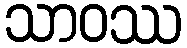
သာဝဿ